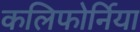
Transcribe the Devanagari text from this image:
कलिफोर्निया